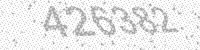
Solution: 426382